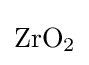
{\mathrm {ZrO} {\vphantom {A}}_{\smash[{t}]{2}}}